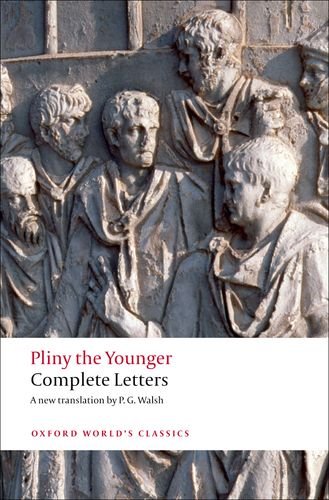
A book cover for Complete Letters (Oxford World's Classics); Pliny the Younger; Literature & Fiction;